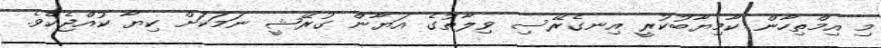
މި އިމްތިހާން ކާމިޔާބުކުރީ އިނގެރޭސި ވިލާތުގެ އަޔާން ގުރޭޝީ ނަމަކަށް ކިޔާ ކުއްޖެކެވެ.